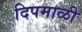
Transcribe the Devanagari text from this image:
दिपमाळी